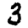
Digit: 3